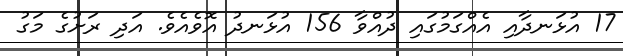
17 އުޅަނދާއި އެއްގަމުގައި ދުއްވާ 156 އުޅަނދު އޮވެއެވެ. އަދި ރަށުގެ މަގު